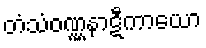
တံသံဝဏ္ဏနာဋီကာယော